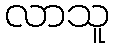
လာသူ